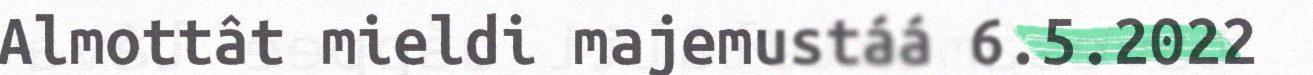
Almottât mieldi majemustáá 6.5.2022